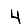
Digit: 4